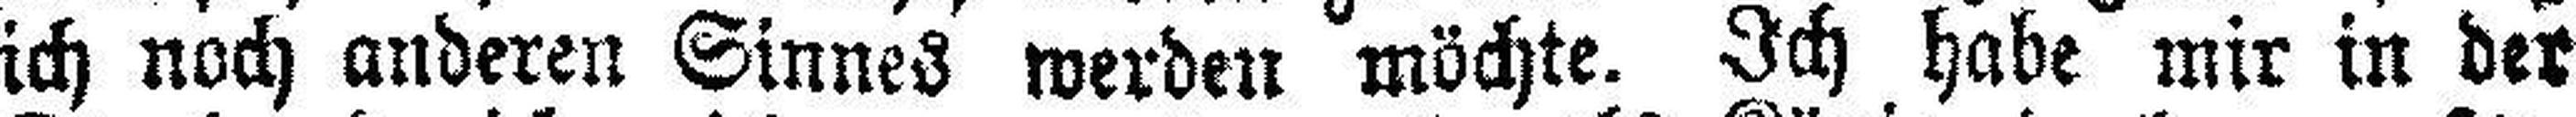
ich noch anderen Sinnes werden möchte. Ich habe mir in der